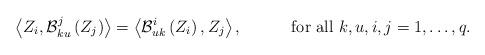
LaTeX: \begin{align*} \left<Z_{i},\mathcal{B}_{ku}^{j}\left(Z_{j}\right)\right>=\left<\mathcal{B}_{uk}^{i}\left(Z_{i}\right),Z_{j}\right>,\quad\quad\quad\mbox{for all $ k,u,i,j=1,\dots,q$. } \end{align*}